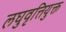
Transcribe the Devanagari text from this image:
लघुवृत्तियुक्त